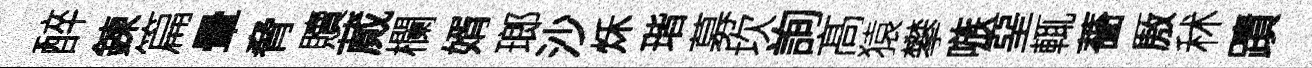
醉鍊篇暈脅贖蕆欄婿瑯沙秌瑎募坎詢髙猿攀嗾堊輒薔厫秫蹟